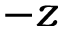
- z